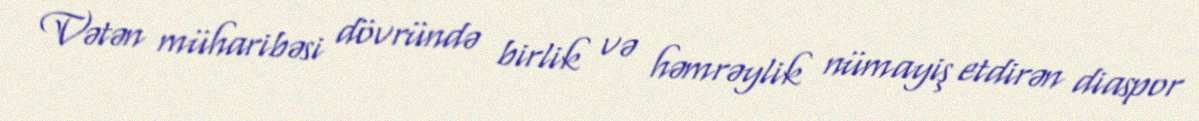
Vətən müharibəsi dövründə birlik və həmrəylik nümayiş etdirən diaspor